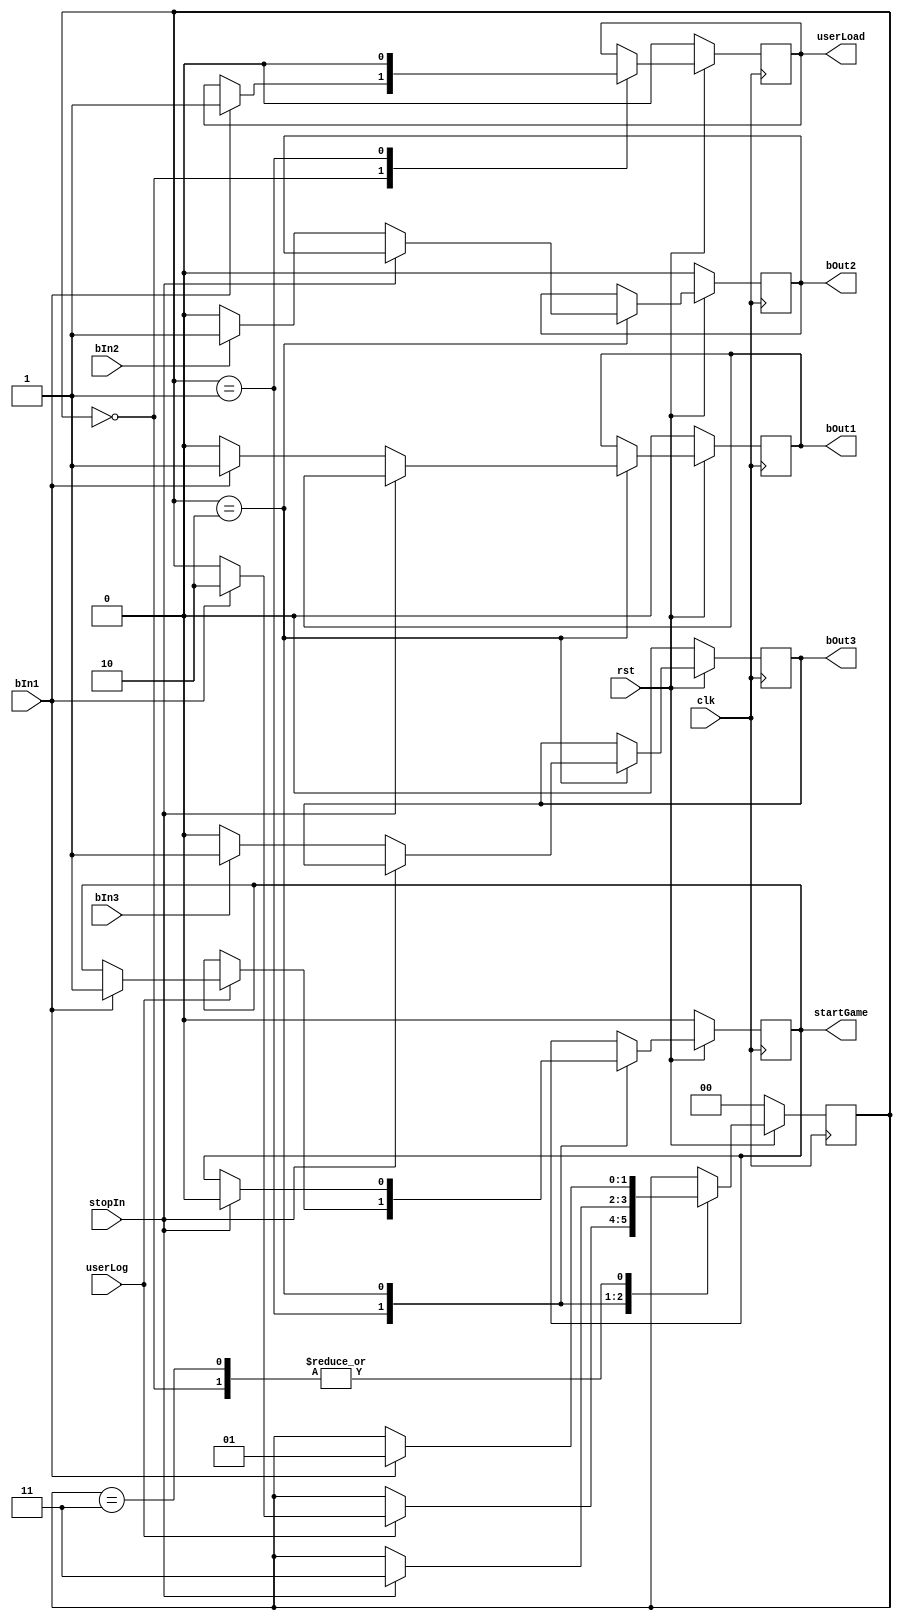
module GameController(rst,clk,bIn1,bIn2,bIn3,userLog,stopIn,userLoad,startGame,bOut1,bOut2,bOut3);
	input rst,clk,bIn1,bIn2,bIn3,userLog,stopIn;
	output reg userLoad,startGame,bOut1,bOut2,bOut3;
	
	parameter waitUser=0,waitStart=1,waitStop=2,stop=3;
	reg[1:0] state;
	
	always @(posedge clk)begin
		if(rst==0)begin
			//all outputs are set low and initial state is pushed to waitUser
			userLoad<=0;
			startGame<=0;
			bOut1<=0;
			bOut2<=0;
			bOut3<=0;
			state<=waitUser;
		end
		else begin
			case(state)
				waitUser:begin//waiting for button 1 press to send load signal for user login
					if(bIn1==1)begin 
						userLoad<=1;//userLoad sends pulse for 1 clk cycle
						state<=waitStart;
					end
				end
				waitStart:begin//waiting for button 1 press to start game
					userLoad<=0;//setting userLoad low
					if(userLog==1)begin//checks that userLog is high
						if(bIn1==1)begin//button 1 press starts game
							startGame<=1;//startGame is high till stop signal is recieved 
							state<=waitStop;
						end
					end
				end
				waitStop:begin
					if(stopIn==1)begin//if stop signal high, game is stopped
						state<=stop;
						startGame<=0;
					end
					else begin 
						if(bIn1==1)begin//if button 1 pressed, bOut1 high else low
							bOut1<=1;
						end
						else begin
							bOut1<=0;
						end
						
						if(bIn2==1)begin//if button 2 pressed, bOut2 high else low
							bOut2<=1;
						end
						else begin
							bOut2<=0;
						end
						
						if(bIn3==1)begin//if button 3 pressed, bOut3 high else low
							bOut3<=1;
						end
						else begin
							bOut3<=0;
						end
					end
					
				end
				stop: begin
					if(bIn1==1)begin//button 1 press sends back to waitStart to play again as same user
						state<=waitStart;
					end
				end
				
				default:begin
				//all outputs are set low and initial state is pushed to waitUser
				userLoad<=0;
				startGame<=0;
				bOut1<=0;
				bOut2<=0;
				bOut3<=0;
				state<=waitUser;
				end
			endcase
		end
	end
endmodule